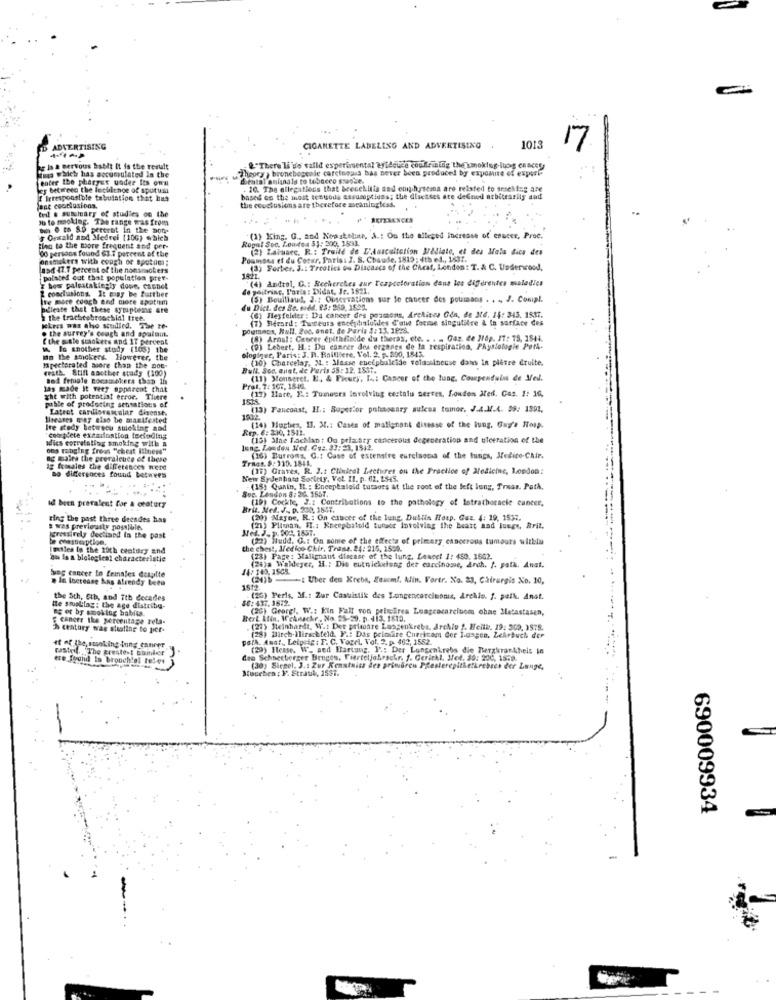
17
ID ADVERTISING
ETTE LABELING AND ADVERTISING
1013
og is a pervous bablt It is the result
ings which has aocuciulated in the
Theory , bronebogenle carcinosus bas never been produced by exposite of expert-
&"There li 've talld experimental artecuice coulrinifig thesmoking-lug cances
enter the pharyer under Its own
deatal animals to tobacco shopse.
y between the lechicnoe of sputum
10. The allegations that brenekitis sed emphysema are related to srseking are
irresponsible tabulation that has
based on the inost tenuous assumptions; the diseases ate defned arbitrarily and
ant conclusions.
ted . summary of studies on the
the couchusions are therefore meaningless.
yo to moklog. The range was from
- . to Se pereret in the mon
Onsald and Medrel (10G) which
Ropat Soo. Zomdes 33: 300, 1533.
)King. G ., and Neaskeline, A .: Ou the alleged increase of esucer, Proc.
Bien to the more frequent and per-
00 persons found 63 7 percent of the
(2) Lainsec. R .: Traile de L'Auscultation Médiate, et des Mals Bics des
onsmokers with cough or spoton;
Poumons et du Cotar. Paris: J. S. Chaude, 1810 : 4th el ., 1537.
nad I1.7 percent of the nonsmokers
(3) Forber. S .: Treaties es Dlicasca of the Cheaf, London: T. & C. Underwood.
polated cut that population pref-
(4) andtol, G .: Recherches aur Fcapectoration dans les différentes maladies
conclusions. It may be further
Dos palestakingly done, csonet
de poitrine, Paris: Didat, Jr. 1821.
re more cooch and more apotem
(S) Bouillaud, J .: Observations sur le cancer des poumons . . .. J. Conipl.
alleate that these syrupteme are
du Dict. des So. sbd. 95: 260, 1629.
the trachcobreochial tree.
(6) Mesfelder : Da cancer des poumons, Archites Gin, de MG. 14: 343. 1817.
(7) Herard: Tucteurs encephalolles d'ale forme singulière & In surface des
. the surrey's cough and apalaut.
kkres was the studled, The re-
poumaca, Hall. 200. anet, de Paria #: 13, 1826.
Ethe siste srackets and IT percent
(4) Arnal: Cancer epithfolde du theras, ete. . . .. Car. de 316p. J7: 18, 1844.
1. In another study (108) the
Nogique, Paris: J. P. Railisere, Vol. 2. p. 300, 1543.
(D) Lebert, H .: Da cancer des organes de la respiration, Physiologie Por-
In the snickers. However, the
(20) Charcelay, M. : Masse enecpbalcide volumineuse dans in pietre eruite.
Ipectorated moore than the pot.
reath. Still another study (100)
Bull. Son, anet, de Peris 55: 12, 1851.
and female Bocamakers than In
(11) Monseret. E. & Fleury, 14: Cancer of the tung, Coupenduin de Med.
Las made it veey apparent that
Prat, 7: 167, 1810.
xht with potentist error. There
poble of producing sensations of
.
188
(12) Mare, F .: Tumeers Involving cestolu nerves, fouten ated. Cas. 1: 36,
Latret cardiovascular disease.
((13) Fancoast, IL .: Superior pohinocary sulcus tomor. J.A.M.A. 99: 1991.
Iseases ciny also be manifested
1212
Ire stedy betwecu suleking aad
Rep. 6: 330, 1511.
(14) Muchies, 13. M .: Cases of malignant disease of the lung. Guy's Hosp.
complete extaifuntion feefedtnig
adics corretaling smoking with a
(15) Stae Lachlan: Ou primary cancerous degeneration and ulceration of the
obs robging fress "chest illness"
lung. London Het. Gus, 23:23, 1512.
ng males the prevalence of these
Tract. 8: 310. 1841.
(16) Burrows, G .: Case of extenstre eurciaoca of the tungs, Medico-Chir.
Ig foundles the differences werd
(17) Graves, R. J.1 Clinical Lecturet ou the Practice of Medicine, London:
ao differences found betwees
New Sydenbats Sortety, Vol. II. p. 62. 1945.
Soc. Lesdon 8: 26. 1651.
- (15) Qunin, It. : Encephalold tumsors at the root of the left lung, Traas. Path.
(19) Cockte, J .: Contributions to the pathology of latrathoracie cancer,
Id been prevalent for a ceatury
Brit. Med. J ., D. 290, 1847.
ring the past three decades has
(29) Mayoe. R .: On cibote of the lung, Duitis Hosp. Gaz. 4: 19, 1537.
s was previously possible.
(21) Pliman, FI .: Recepbatold tutsier involving the beast and lungs, Brit,
grossirely declined In the past
(22) Sludd. G .: On some of the effects of primary cancerous tumours withla
Imiles in the 19th century and
the chest, Medioo Chir. Trans. 24: 215, 1599.
ou Is a blological characteristic
(28) Fage; Malignant disease of the lung. Leanet 1: 450, 3602.
14:140.1509.
Waldeyer, H .: Die cutwicketung der carcinome, Arch. f. yata. Anat.
beg cancer in feinates despite
la increase Mas Already been
-1 Uber den Krebs, Ssuuml, hlin. Fortr. No. 23, Chirurgis No. 10,
the 5th, Stb, and ith decades
50: 437.1672.
(25) Perls, 3f .: Zur Casuistik des Longencarcinonis, Arehis. f. pell. Anot.
Me ssuollag: the age distribu-
ne or by smoking babies.
(20) Georg !. W .: Ein Fall von princires Leageacarcinom ohne Metastasen,
F cancer the percentage zeta-
Bert Afin, WeAveckr , No 25-29. p. 413. 1812.
Th century wag staline to per-
(21) Meinhardt, W .: Der primare Lassenkrebs, drehte ". Nelik, 19: 302. 1978.
poll. Amat ., Leipzig : F. C. Vogel, Vol. 2. p. 462, 1552.
(28) Birch Hirschfeld. F .: Das primaire Curcicom Cor Luagon, Lehrbuch der
if of the, smoking lung cancer
castel ,'The greatest nailer
(29) Heise. W. aed Ha
(23) Hesse. W. aed Hartang. I .: Der Lungenkrebs die Merzkrankheit in
tre fouund Is bronchial teles }
den Schneeberger Denges, Vierteljahrschr. f. Gericht, Jet, 30: 200, 15:3.
...
Muurben : 1. Stratil, 1531.
(30) Siegel, J .: Zur Kenntniss des primoren PResterepithetkrebses der Lunge,
690009934